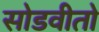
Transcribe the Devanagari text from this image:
सोडवीतो